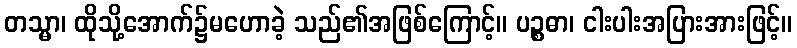
တသ္မာ၊ ထိုသို့အောက်၌မဟောခဲ့ သည်၏အဖြစ်ကြောင့်။ ပဉ္စဓာ၊ ငါးပါးအပြားအားဖြင့်။